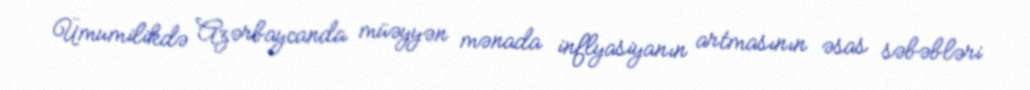
Ümumilikdə Azərbaycanda müəyyən mənada inflyasiyanın artmasının əsas səbəbləri